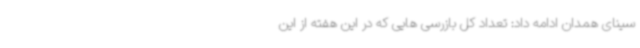
سینای همدان ادامه داد: تعداد کل بازرسی هایی که در این هفته از این